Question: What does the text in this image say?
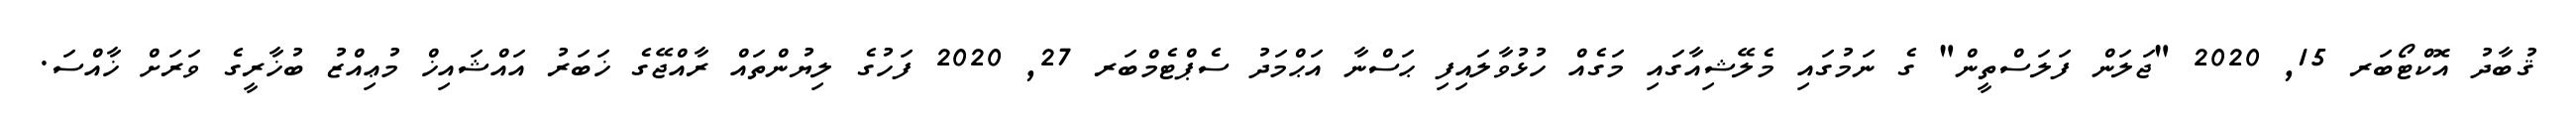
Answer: ޤުބާދު އޮކްޓޯބަރ 15, 2020 "ޖަލަން ފަލަސްތީން" ގެ ނަމުގައި މެލޭޝިއާގައި މަގެއް ހުޅުވާލައިފި ޙަސްނާ އަޙްމަދު ސެޕްޓެމްބަރ 27, 2020 ފަހުގެ ލިޔުންތައް ރާއްޖޭގެ ޚަބަރު އައްޝައިޚް މުޢިއްޒު ބުޚާރީގެ ވަރަށް ޚާއްސަ.